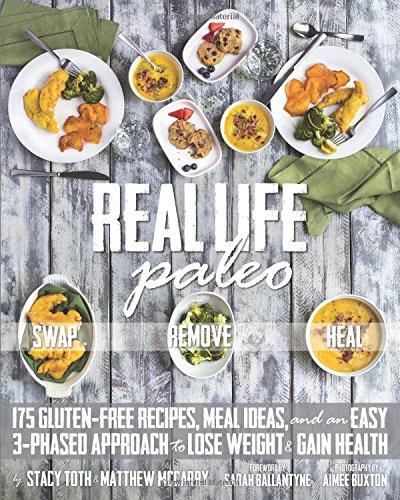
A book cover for Real Life Paleo: 175 Gluten-Free Recipes, Meal Ideas, and an Easy 3-Phased Approach to Lose Weight & Gain Health; Stacy Toth; Cookbooks, Food & Wine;